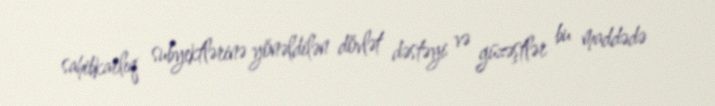
sahibkarlıq subyektlərinə yönəldilən dövlət dəstəyi və güzəştlər bu maddədə